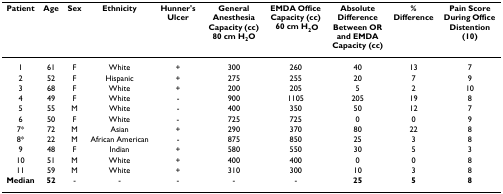
<table><thead><tr><td><b>Patient</b></td><td><b>Age</b></td><td><b>Sex</b></td><td><b>Ethnicity</b></td><td><b>Hunner&#x27;s Ulcer</b></td><td><b>General Anesthesia Capacity (cc) 80 cm H<sub>2</sub>O</b></td><td><b>EMDA Office Capacity (cc)  60 cm H<sub>2</sub>O</b></td><td><b>Absolute Difference Between OR and EMDA Capacity (cc)</b></td><td><b>% Difference</b></td><td><b>Pain Score During Office Distention (10)</b></td></tr></thead><tbody><tr><td>1</td><td>61</td><td>F</td><td>White</td><td>+</td><td>300</td><td>260</td><td>40</td><td>13</td><td>7</td></tr><tr><td>2</td><td>52</td><td>F</td><td>Hispanic</td><td>+</td><td>275</td><td>255</td><td>20</td><td>7</td><td>9</td></tr><tr><td>3</td><td>68</td><td>F</td><td>White</td><td>+</td><td>200</td><td>205</td><td>5</td><td>2</td><td>10</td></tr><tr><td>4</td><td>49</td><td>F</td><td>White</td><td>-</td><td>900</td><td>1105</td><td>205</td><td>19</td><td>8</td></tr><tr><td>5</td><td>55</td><td>M</td><td>White</td><td>-</td><td>400</td><td>350</td><td>50</td><td>12</td><td>7</td></tr><tr><td>6</td><td>50</td><td>F</td><td>White</td><td>-</td><td>725</td><td>725</td><td>0</td><td>0</td><td>9</td></tr><tr><td>7*</td><td>72</td><td>M</td><td>Asian</td><td>+</td><td>290</td><td>370</td><td>80</td><td>22</td><td>8</td></tr><tr><td>8*</td><td>22</td><td>M</td><td>African American</td><td>-</td><td>875</td><td>850</td><td>25</td><td>3</td><td>8</td></tr><tr><td>9</td><td>48</td><td>F</td><td>Indian</td><td>+</td><td>580</td><td>550</td><td>30</td><td>5</td><td>3</td></tr><tr><td>10</td><td>51</td><td>M</td><td>White</td><td>+</td><td>400</td><td>400</td><td>0</td><td>0</td><td>8</td></tr><tr><td>11</td><td>59</td><td>M</td><td>White</td><td>+</td><td>310</td><td>300</td><td>10</td><td>3</td><td>8</td></tr><tr><td><b>Median</b></td><td><b>52</b></td><td>-</td><td>-</td><td>-</td><td>-</td><td>-</td><td><b>25</b></td><td><b>5</b></td><td><b>8</b></td></tr></tbody></table>